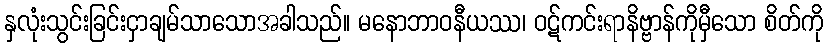
နှလုံးသွင်းခြင်းငှာချမ်သာသောအခါသည်။ မနောဘာဝနီယဿ၊ ဝဋ်ကင်းရာနိဗ္ဗာန်ကိုမှီသော စိတ်ကို